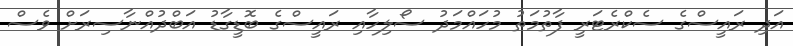
އަދި ރައީސްގެ ސެކްރެޓަރީ ފާތުމަތު މުހައްމަދު ސޯލިހާއި ރައީސްގެ ބޮޑީގާޑު އަބްދުއްނާސިރަށް ވެސް